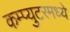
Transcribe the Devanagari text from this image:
कम्प्युटरमध्ये